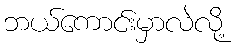
ဘယ်ကောင်းမှာလဲလို့